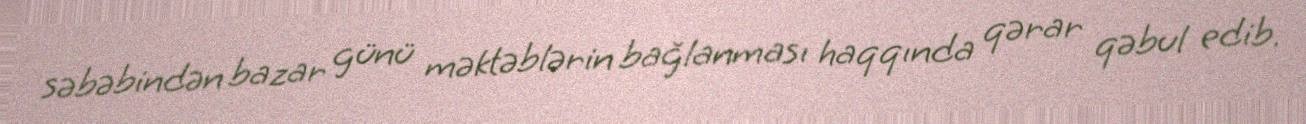
səbəbindən bazar günü məktəblərin bağlanması haqqında qərar qəbul edib.